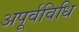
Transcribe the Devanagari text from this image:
अपूर्वविधि